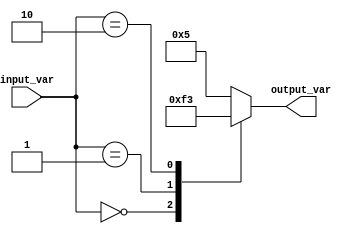
module behavioral_block(
    input wire [1:0] input_var,
    output reg [3:0] output_var
);

always @(*)
begin
    case(input_var)
        2'b00: output_var = 4'b0000;
        2'b01: output_var = 4'b1111;
        2'b10: output_var = 4'b0011;
        default: output_var = 4'b0101;
    endcase
end

endmodule